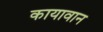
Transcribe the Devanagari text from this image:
कायावान